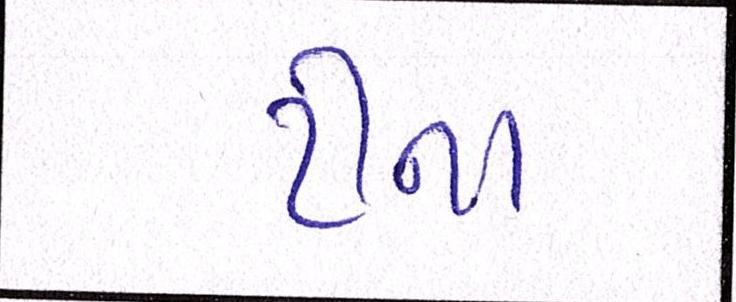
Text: ટીના